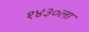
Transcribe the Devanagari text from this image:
१४३०ला